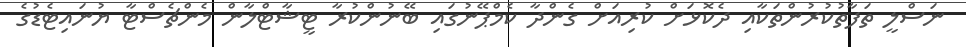
ނަސްލީ ތަފާތުކުރުންތަކާއި ދެކޮޅަށް ކުރިއަށް ގެންދާ ކެމްޕޭނުގައި ބޭނުންކުރާ ޓީޝާޓްލާން މެންޗެސްޓާ ޔުނައިޓެޑުގެ